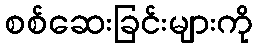
စစ်ဆေးခြင်းများကို